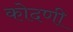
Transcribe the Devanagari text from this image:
कोदणी